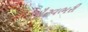
ગૌરવભરી